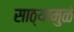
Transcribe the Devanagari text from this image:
साठ्यामुळे